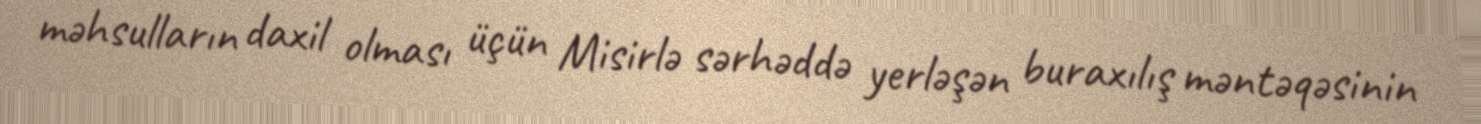
məhsulların daxil olması üçün Misirlə sərhəddə yerləşən buraxılış məntəqəsinin